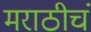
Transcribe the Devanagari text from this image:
मराठीचं